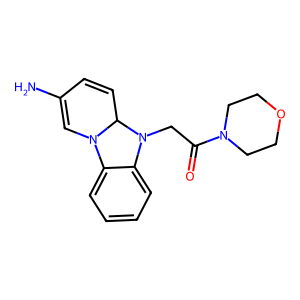
SMILES: NC1=CN2c3ccccc3N(CC(=O)N3CCOCC3)C2C=C1
Inhibits HIV replication: No